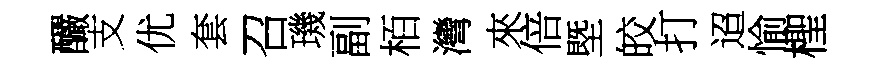
釅支优套召璣副栢灣來倍塈皎打迢愉檉